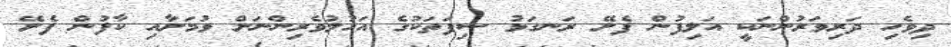
ދިވެހި ދަރިވަރުންނަކީ އަލިފުން ފެށޭ ރަނގަޅު ސިފަތަކުގެ އަހުލުވެރިންނަށް ވުމަށާއި ކާފުން ފެށޭ